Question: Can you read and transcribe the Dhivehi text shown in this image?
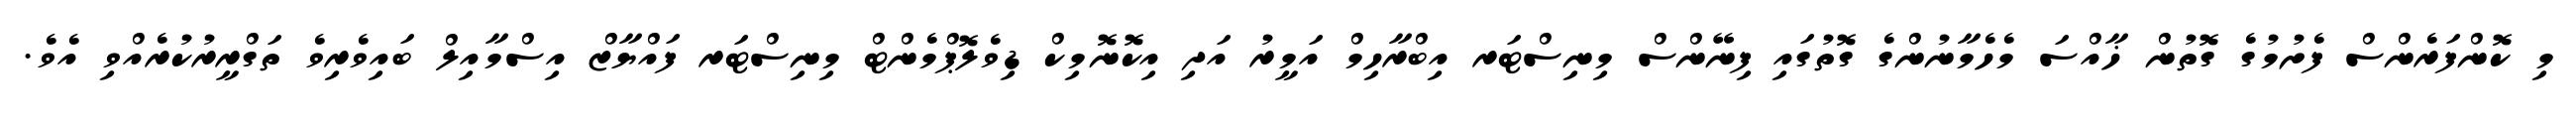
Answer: މި ކޮންފަރެންސް ފެށުމުގެ ގޮތުން ޚާއްސަ މެހެމާނުންގެ ގޮތުގައި ފިނޭންސް މިނިސްޓަރ އިބްރާހިމް އަމީރު އަދި އިކޮނޮމިކް ޑިވެލޮޕްމެންޓް މިނިސްޓަރ ފައްޔާޒް އިސްމާއިލް ބައިވެރިވެ ތަގްރީރުކުރެއްވި އެވެ.